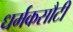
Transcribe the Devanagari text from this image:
धर्मकसौटी